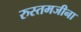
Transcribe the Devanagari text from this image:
रुस्तमजीना